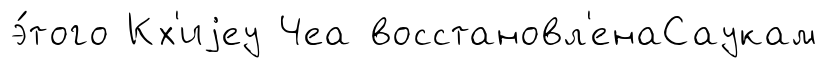
э́того Кх'иjеу Чеа восстановл'енаСаукам